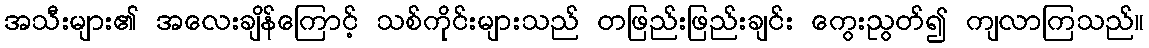
အသီးများ၏ အလေးချိန်ကြောင့် သစ်ကိုင်းများသည် တဖြည်းဖြည်းချင်း ကွေးညွတ်၍ ကျလာကြသည်။